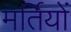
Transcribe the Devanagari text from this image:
मर्तियों